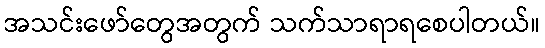
အသင်းဖော်တွေအတွက် သက်သာရာရစေပါတယ်။